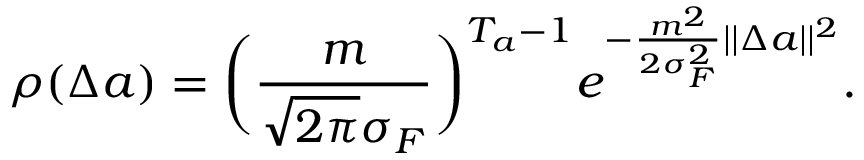
\rho ( \Delta a ) = \bigg ( \frac { m } { \sqrt { 2 \pi } \sigma _ { F } } \bigg ) ^ { T _ { a } - 1 } e ^ { - \frac { m ^ { 2 } } { 2 \sigma _ { F } ^ { 2 } } | | \Delta a | | ^ { 2 } } .